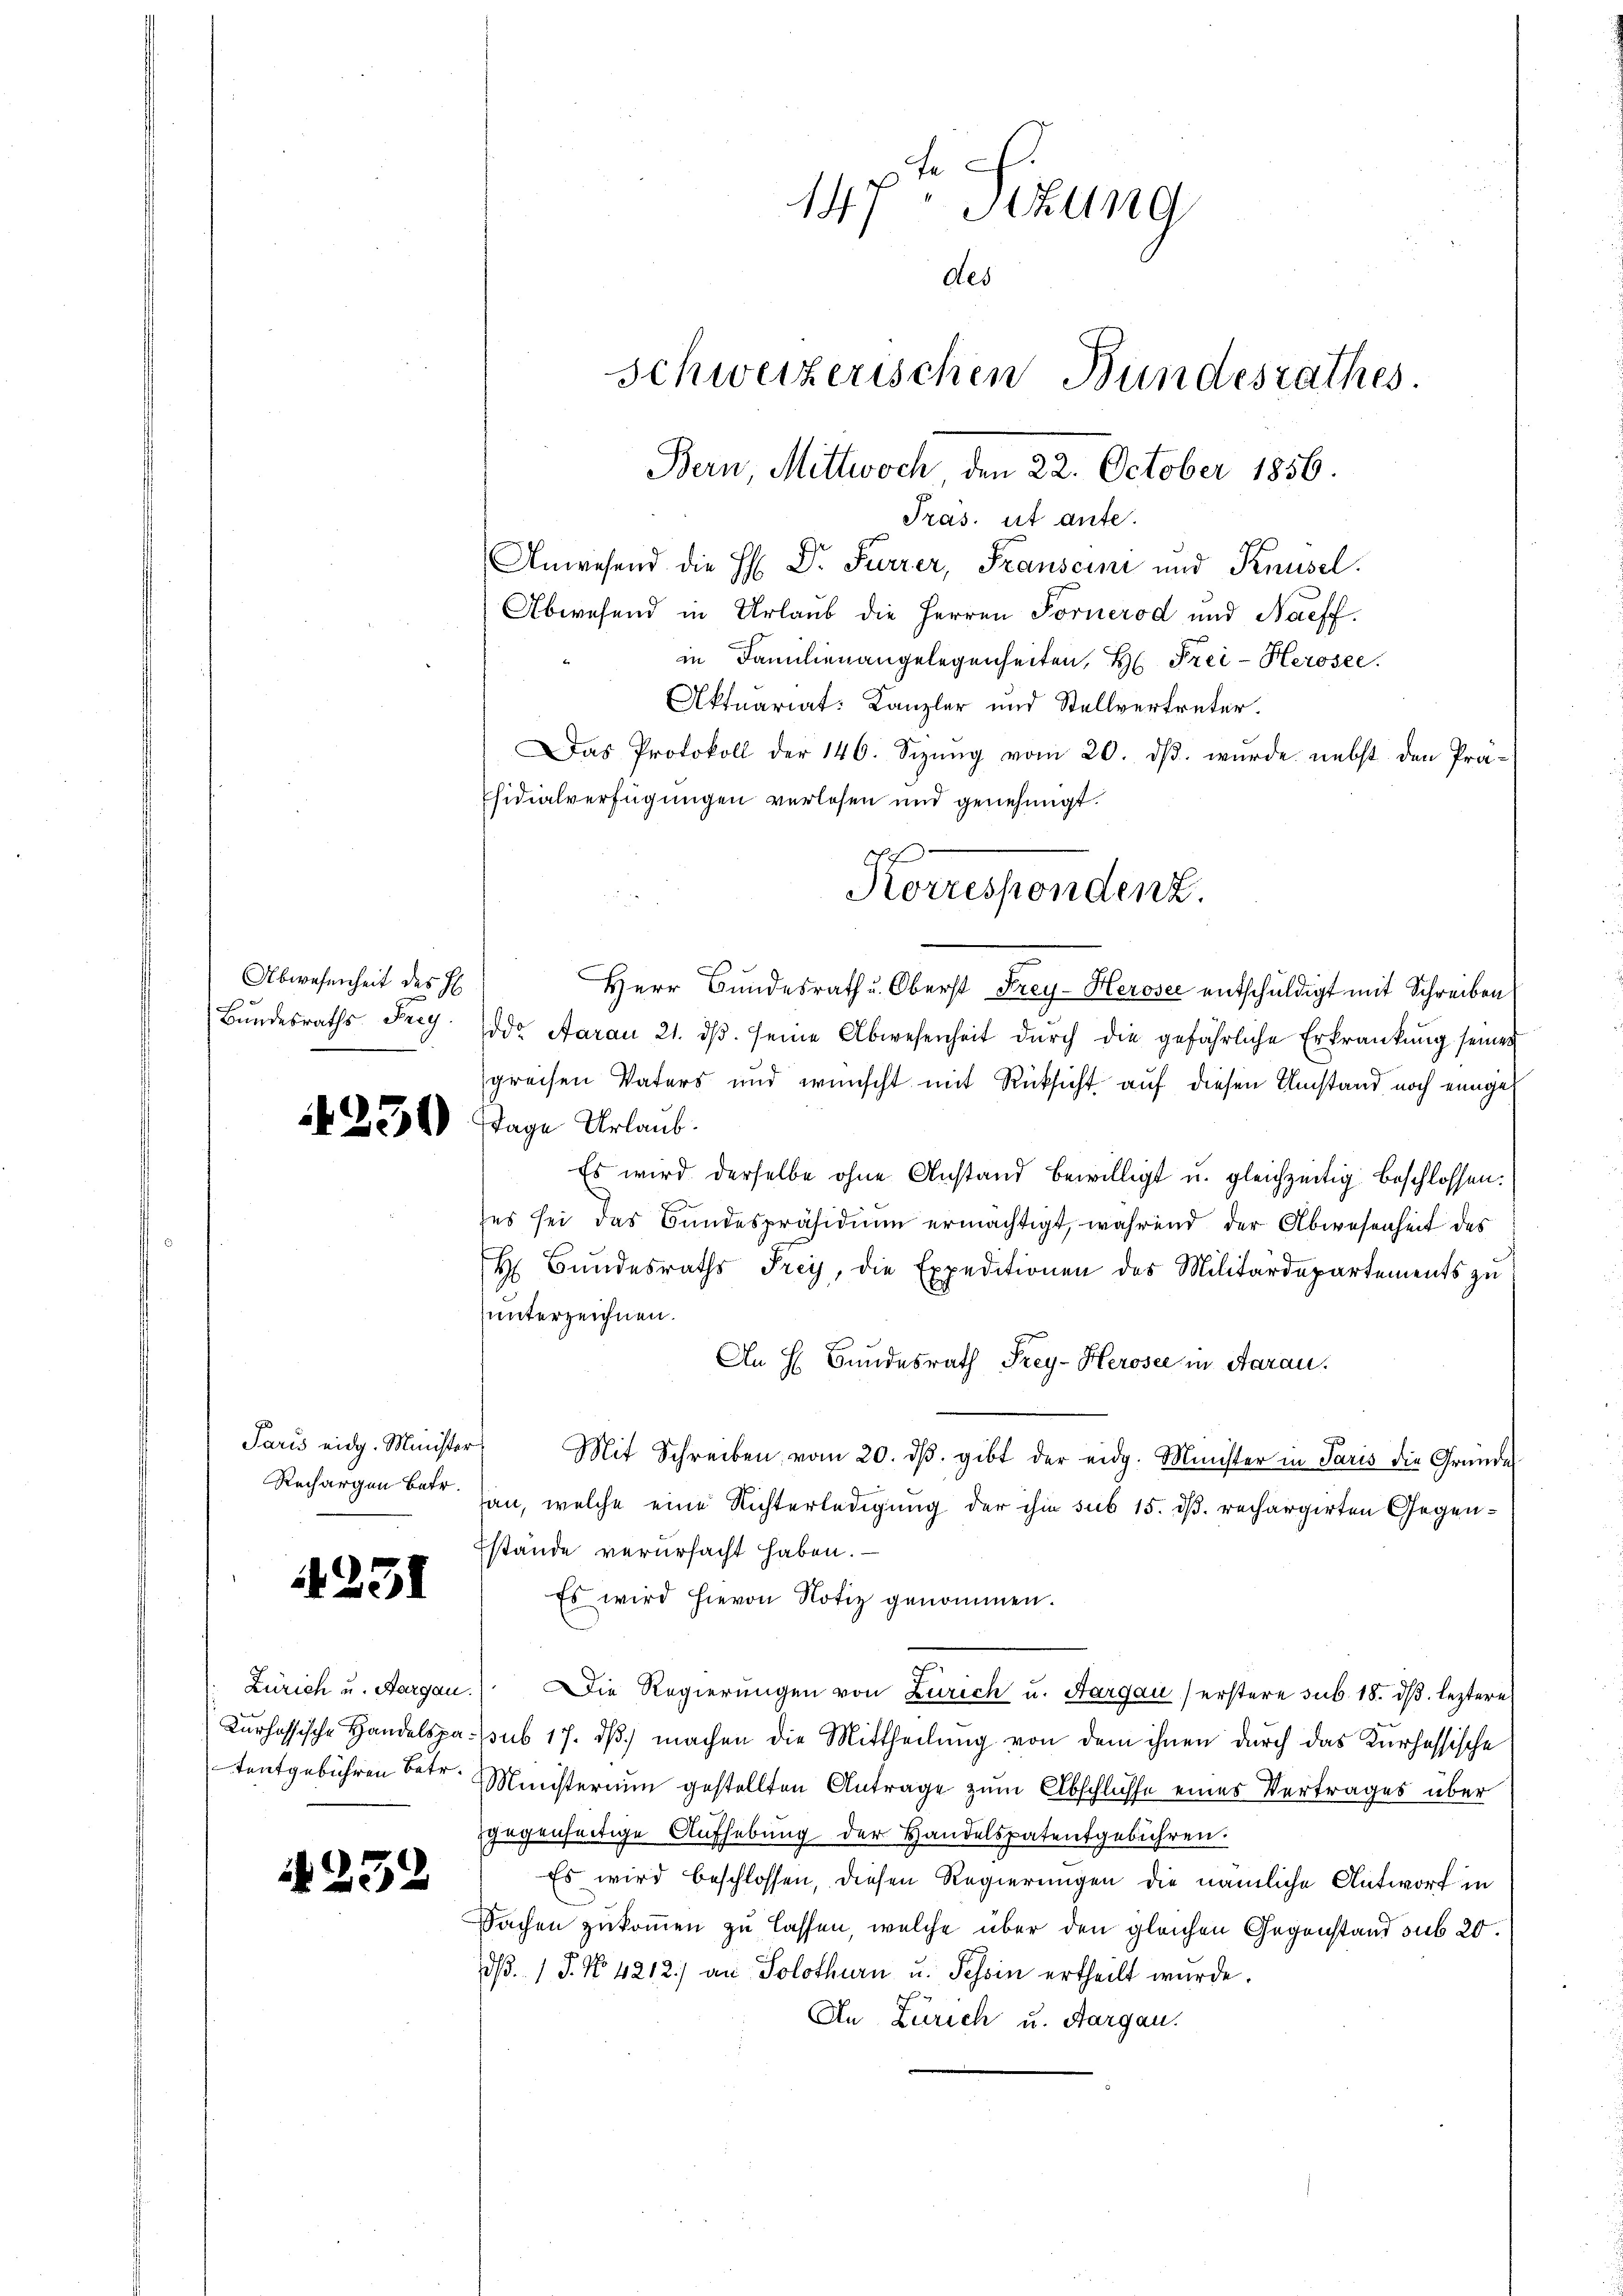
Abwesenheit des H
Bundesraths- Frag

250

Paris eidg. Minister
Rechargen Betr.

4231

Zürich u. Aargau
Kurhössische Handelspatentgebühren Betr.

4239

147 Sitzung
des
schweizerischen Bundesrathes.
Bern, Mittwoch den 22. October 1856
Tras. ist ante.

Anwesend die H: Dr. Furrer, Franscini und Knüsel.
Abwesend in Urlaub die Herren Fornerod und Naeff.
in Familienangelegenheiten, H. Frei-Herosee.
Aktuariat: Kanzler und Stellvertreter.
Das Protokoll der 146. Sizung vom 20. ds. wurde nebst den Präsidialverfügungen verlesen und genehmigt.
Herr Bundesrath u. Oberst Frey-Herose entschuldigt mit Schreiben
ddr Aarau 21. dβ. seine Abwesenheit durch die gefährliche Erkrankung seiner
preisen Vaters und wünscht mit Rücksicht auf diesen Umstand noch einige
Tage Urlaub.
Es wird derselbe ohne Anstand bewilligt u. gleichzeitig beschlossen.
es sei das Bundespräsidium ermächtigt, während der Abwesenheit des
H Bŭndesraths Frey, die Expeditionen des Militärdepartements zu
unterzeichnen.
An H Bundesrath Frey-Herosee in Aarau
Mit Schreiben vom 20. dβ. gibt der eidg. Minister in Paris die Gründe
an, welche eine Richterledigung der ihm sub 15. dß. rechargirten Gegenstande verursacht haben. —
Es wird hievon Notiz genommen.
n
Die Regierungen von Zürich u. Aargau (erstere sub. 18. d. leztere
ssub 17. dß) machen die Mittheilung von dem ihnen durch das Kurhessische
Ministerium gestellten Antrage zum Abschlusse eines Vertrages über
gegenseitige Aufhebung der Handelspatentgebühren.
Es wird beschlossen, diesen Regierungen die nämliche Antwort in
Sachen zukommen zu lassen, welche über den gleichen Gegenstand sub 20.
dß. / P. No. 4212) an Solothurn u. Tessin ertheilt wurde.
An Zürich u. Aargau.

Korrespendenz.